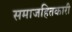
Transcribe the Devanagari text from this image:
समाजहितकारी